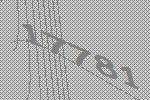
17781